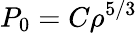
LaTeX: P_{0}=C\rho^{5/3}